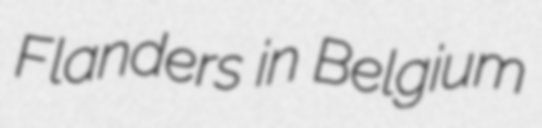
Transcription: Flanders in Belgium